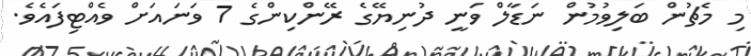
މި މެޗުން ބަލިވުމުން ނަޑާލް ވަނީ ދުނިޔޭގެ ރޭންކިންގެ 7 ވަނައަށް ވެއްޓިފައެވެ.